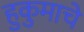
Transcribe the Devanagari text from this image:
हुकुमाचे